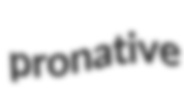
pronative